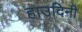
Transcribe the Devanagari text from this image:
हाउदिनी